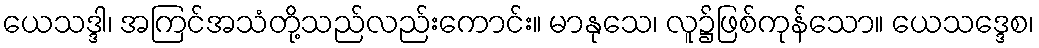
ယေသဒ္ဒါ၊ အကြင်အသံတို့သည်လည်းကောင်း။ မာနုသေ၊ လူ၌ဖြစ်ကုန်သော။ ယေသဒ္ဒေစ၊